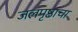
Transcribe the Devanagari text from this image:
जलपृष्ठाचा